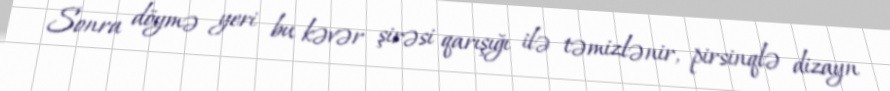
Sonra döymə yeri bu kəvər şirəsi qarışığı ilə təmizlənir, pirsinqlə dizayn